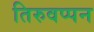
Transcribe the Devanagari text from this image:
तिरुवप्पन